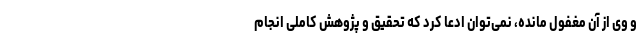
و وی از آن مغفول مانده، نمی‌توان ادعا کرد که تحقیق و پژوهش کاملی انجام